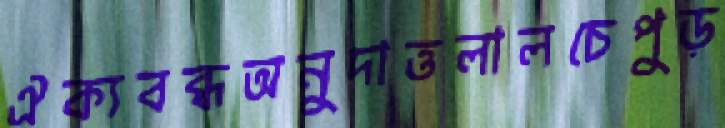
ঐক্যবব্ধঅনুদাত্তলালচেপুড়